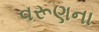
વરૂણના